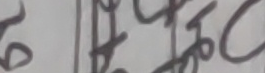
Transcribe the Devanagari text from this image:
हेल्थ के